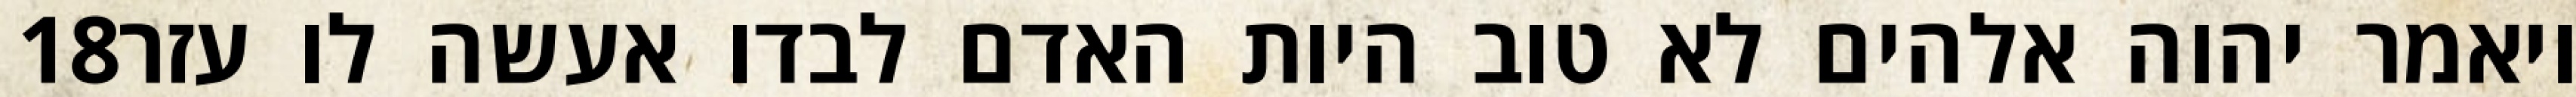
‎18‏ ויאמר יהוה אלהים לא טוב היות האדם לבדו אעשה לו עזר